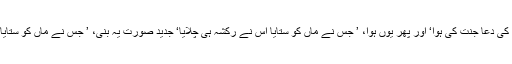
کچھ نے لکھاہوتا تھا ’ ماں کی دعا جنت کی ہوا‘ اور پھر یوں ہوا، ’ جس نے ماں کو ستایا اس نے رکشہ ہی چلایا‘ جدید صورت یہ بنی، ’ جس نے ماں کو ستایا اس نے بلے پر ٹھپا لگایا‘۔